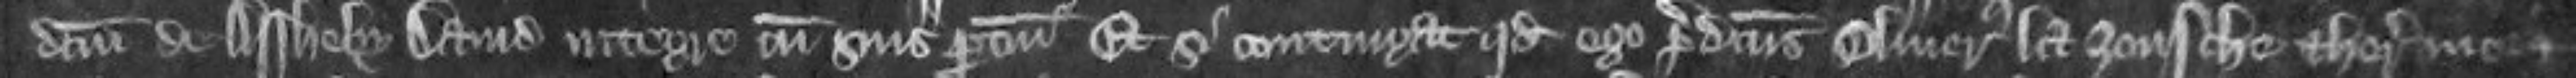
dictum de Assheby David integre cum suis pertinenciis Et si contingat quod ego predictus Oliverus la Zousche et heredes mei et